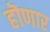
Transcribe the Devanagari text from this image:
हॊणार